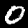
Digit: 0